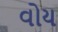
વોય